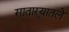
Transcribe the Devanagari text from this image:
साताऱ्यातले